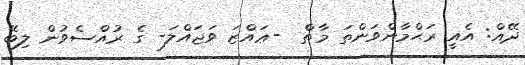
ދޭއް: އެއީ ރަޙްމާންވަންތަ މާތް  -ޢައްޒަ ވަޖައްލަ- ގެ ރުއްސެވުން ލިބޭ